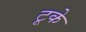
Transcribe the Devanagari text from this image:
टूके